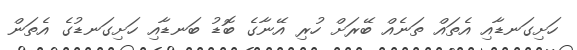
ހަށިގަނޑާއި އެތައް ތަނެއް ބޭރަށް ހުރި އޭނާގެ ބޮޑު ބަނޑާއި ހަށިގަނޑުގެ އެތަން